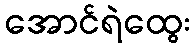
အောင်ရဲထွေး